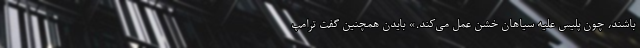
باشند، چون پلیس علیه سیاهان خشن عمل می‌کند.» بایدن همچنین گفت ترامپ